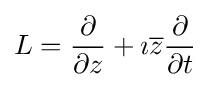
L={\frac {\partial }{\partial z}}+\imath {\overline {z}}{\frac {\partial }{\partial t}}